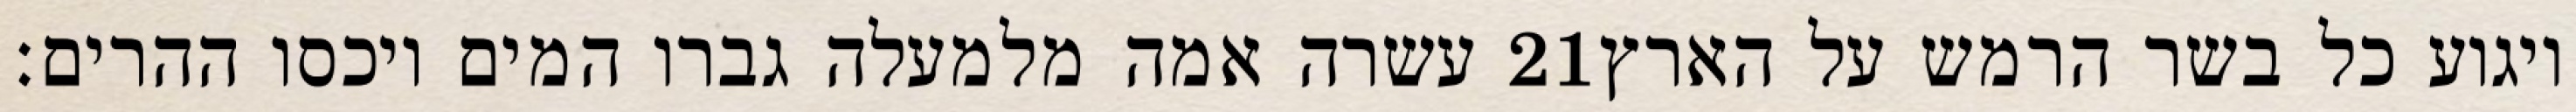
עשרה אמה מלמעלה גברו המים ויכסו ההרים׃ ‎21‏ ויגוע כל בשר הרמש על הארץ